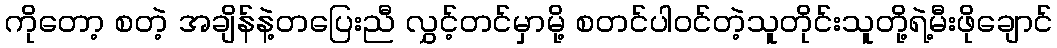
ကိုတော့ စတဲ့ အချိန်နဲ့တပြေးညီ လွှင့်တင်မှာမို့ စတင်ပါ၀င်တဲ့သူတိုင်းသူတို့ရဲ့မီးဖိုချောင်